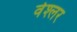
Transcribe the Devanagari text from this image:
वेश्लर